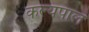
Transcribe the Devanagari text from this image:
कल्यपाल